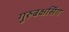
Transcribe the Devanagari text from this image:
गुरुबक्षसिंग